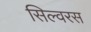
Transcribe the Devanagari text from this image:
सिल्वरस